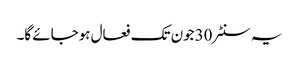
یہ سنٹر 30جون تک فعال ہوجائے گا۔